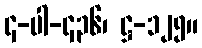
၄-ပါ-၄၃၆၊ ဋ္ဌ-၁၂၅။